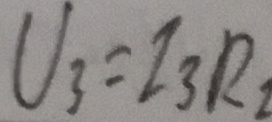
U _ { 3 } = I _ { 3 } R _ { 2 }